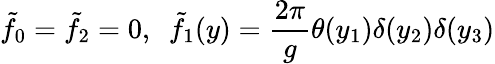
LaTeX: \tilde{f}_{0}=\tilde{f}_{2}=0,\ \ \tilde{f}_{1}(y)={\frac{2\pi}{g}}\theta(y_{1})\delta(y_{2})\delta(y_{3})